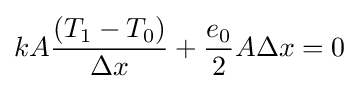
kA{\frac {(T_{1}-T_{0})}{\Delta {x}}}+{\frac {e_{0}}{2}}A\Delta {x}=0